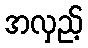
အလှည့်